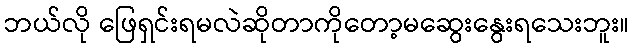
ဘယ်လို ဖြေရှင်းရမလဲဆိုတာကိုတော့မဆွေးနွေးရသေးဘူး။